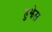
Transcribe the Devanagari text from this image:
हुझेस